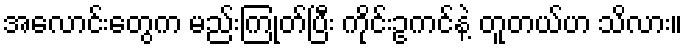
အလောင်းတွေက မည်းကြုတ်ပြီး ကိုင်းဥကင်နဲ့ တူတယ်ဟ သိလား။